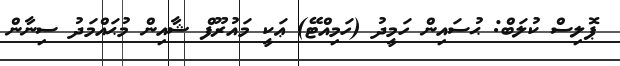
ޕޮލިސް ކުލަބް: ޙުސައިން ހަމީދު (ހަމިއްޓޭ) ޢަކީ މައުރޫފް ޝާއިން މުޙައްމަދު ސިނާން